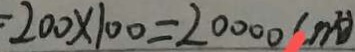
: 2 0 0 \times 1 0 0 = 2 0 0 0 0 ( m ^ { 2 } )